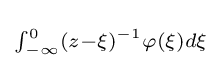
\scriptstyle \int _{-\infty }^{0}(z-\xi )^{-1}\varphi (\xi )d\xi